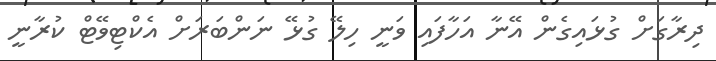
ދިރާގަށް ގުޅައިގެން އޭނާ އަހާފައި ވަނީ ހިލޭ ގުޅޭ ނަންބަރަށް އެކްޓިވޭޓް ކުރާނީ